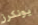
يونكرز